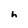
Character: h